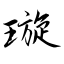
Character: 璇